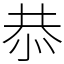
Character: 恭